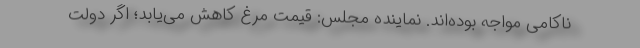
ناکامی مواجه بوده‌اند. نماینده مجلس: قیمت مرغ کاهش می‌یابد؛ اگر دولت